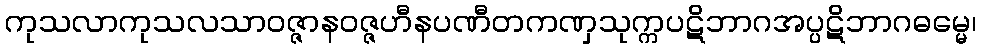
ကုသလာကုသလသာဝဇ္ဇာနဝဇ္ဇဟီနပဏီတကဏှသုက္ကပဋိဘာဂအပ္ပဋိဘာဂဓမ္မေ၊